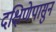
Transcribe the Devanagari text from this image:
दक्षिणेपासुन